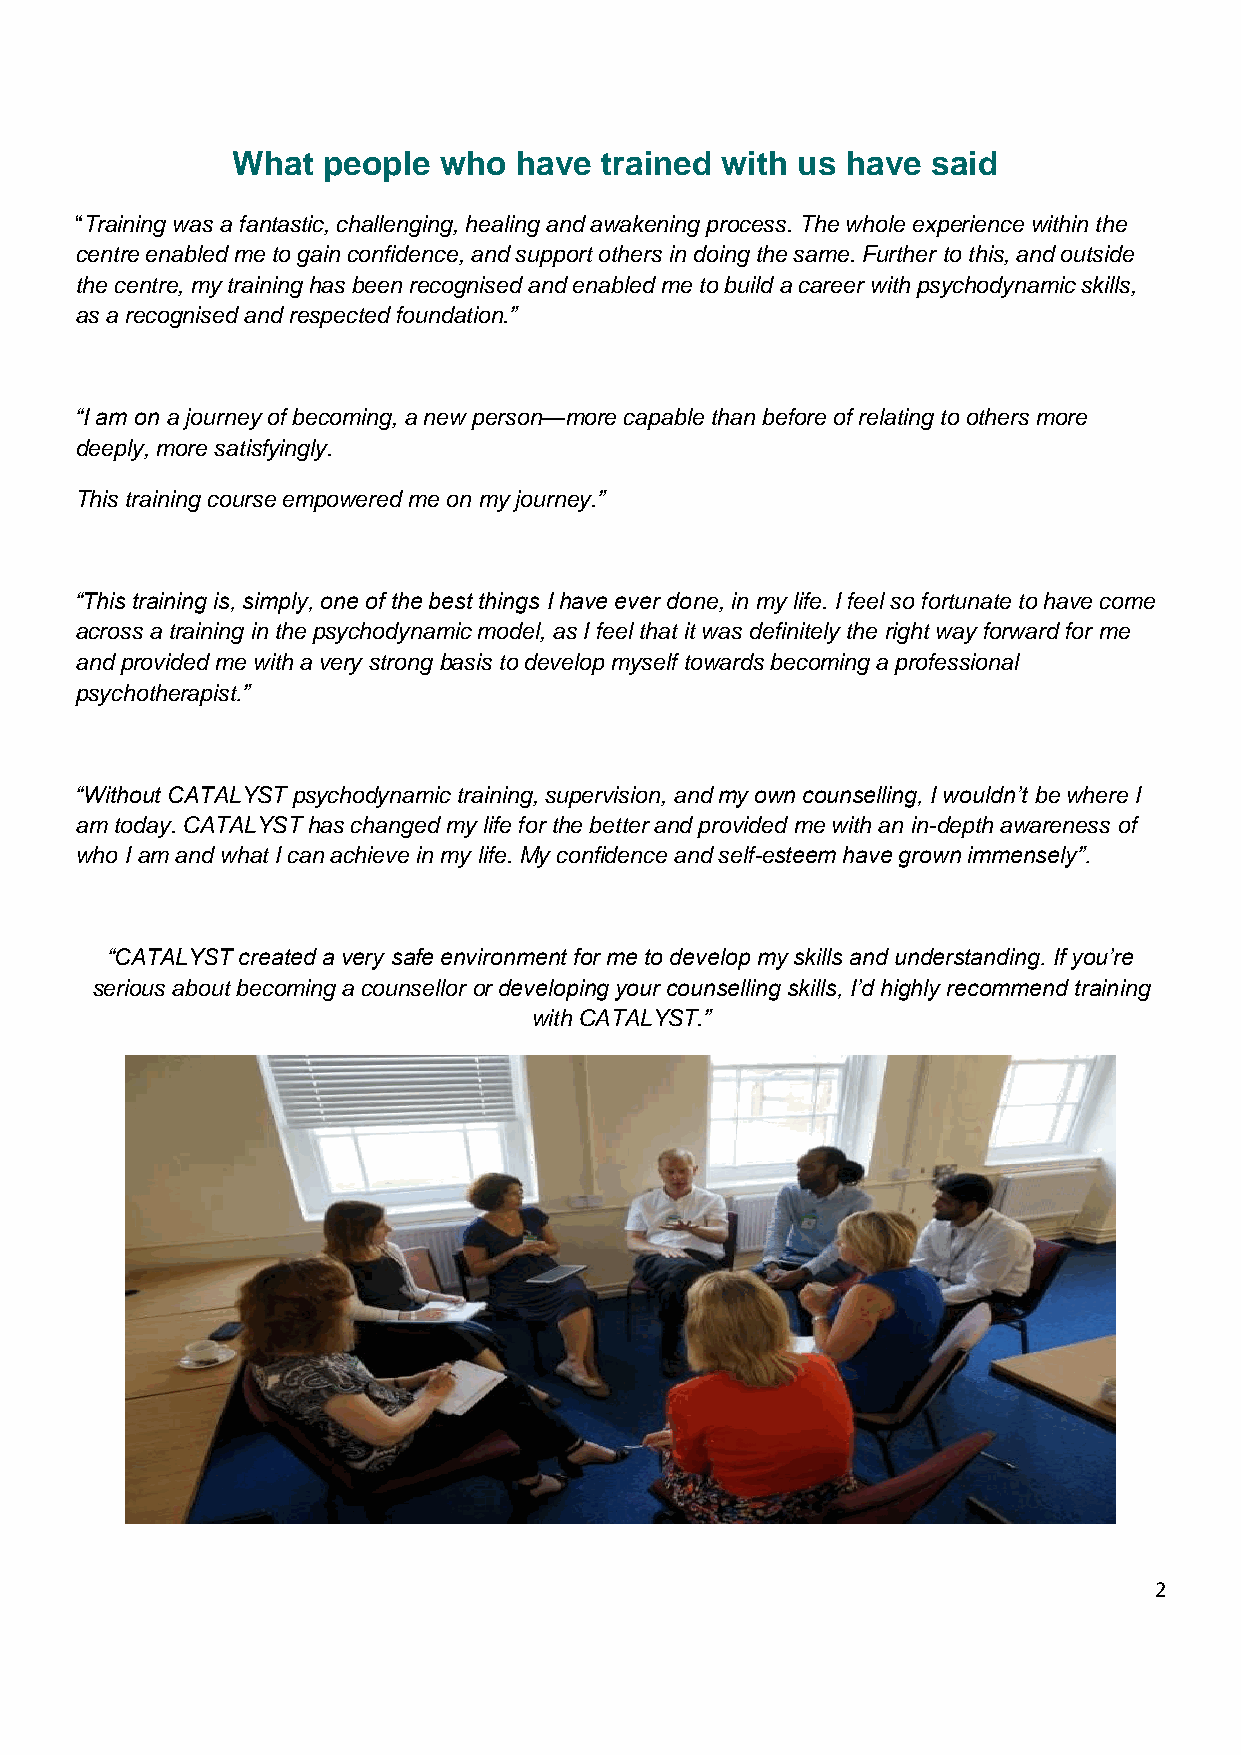
What  people  who  have  trained with us have  said
 “Training was a fantastic, challenging, healing and awakening process. The whole experience within the
 centre enabled me to gain confidence, and support others in doing the same. Further to this, and outside
 the centre, my training has been recognised and enabled me to build a career with psychodynamic skills,
 as a recognised and respected foundation.”
 “I am on a journey of becoming, a new person—more capable than before of relating to others more
 deeply, more satisfyingly.
 This training course empowered me on my journey.”
 “This training is, simply, one of the best things I have ever done, in my life. I feel so fortunate to have come
 across a training in the psychodynamic model, as I feel that it was definitely the right way forward for me
 and provided me with a very strong basis to develop myself towards becoming a professional
 psychotherapist.”
 “Without CATALYST psychodynamic training, supervision, and my own counselling, I wouldn’t be where I
 am today. CATALYST has changed my life for the better and provided me with an in-depth awareness of
 who I am and what I can achieve in my life. My confidence and self-esteem have grown immensely”.
 “CATALYST created a very safe environment for me to develop my skills and understanding. If you’re
 serious about becoming a counsellor or developing your counselling skills, I’d highly recommend training
 with CATALYST.”
 2